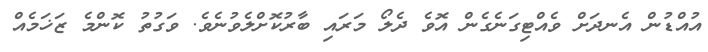
އުއްޑުން އެނދަށް ވެއްޓިގަނެގެން އޮވެ ދެލޯ މަރައި ބާރުކޮށްލެވުނެވެ. ވަގުތު ކޮންމެ ޒަޚަމެއް